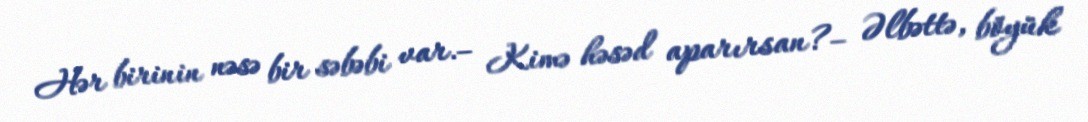
Hər birinin nəsə bir səbəbi var.– Kimə həsəd aparırsan?– Əlbəttə, böyük